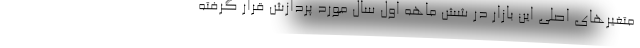
متغیرهای اصلی این بازار در شش ماهه اول سال مورد پردازش قرار گرفته